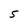
Character: 5